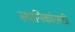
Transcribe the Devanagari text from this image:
स्थानिकांसाठी